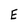
Character: E